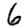
Digit: 6